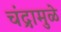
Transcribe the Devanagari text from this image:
चंद्रामुळे